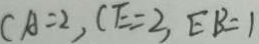
C A = 2 , C E = 2 , E B = 1